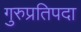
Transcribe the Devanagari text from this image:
गुरुप्रतिपदा